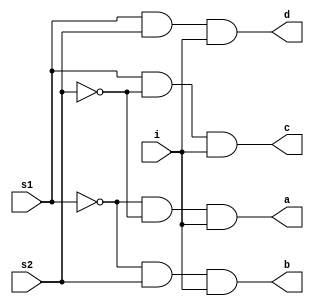
module demux(s1,s2,i,a,b,c,d);
input s1,s2,i;
output a,b,c,d;

assign a=(~s1)&(~s2)&i;
assign b=(~s1)&(s2)&i;
assign c=(s1)&(~s2)&i;
assign d=(s1)&(s2)&i;

endmodule